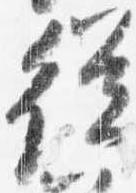
従